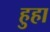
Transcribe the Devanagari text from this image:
हुहा